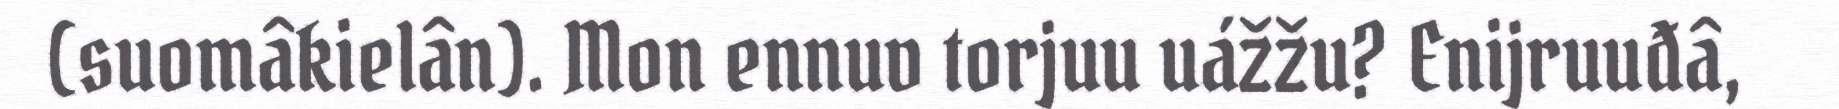
(suomâkielân). Mon ennuv torjuu uážžu? Enijruuđâ,